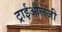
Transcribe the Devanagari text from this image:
ट्राईऔलजी